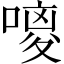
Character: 𪢃